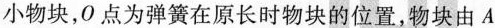
小物块，0点为弹簧在原长时物块的位置，物块由A